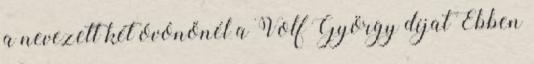
a nevezett két óvónőnél a Volf György díjat Ebben